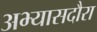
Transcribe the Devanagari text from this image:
अभ्यासदौरा